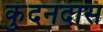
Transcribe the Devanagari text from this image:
कुंदनदास